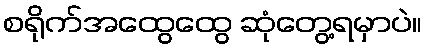
စရိုက်အထွေထွေ ဆုံတွေ့ရမှာပဲ။